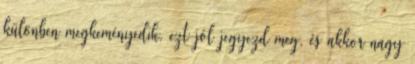
különben megkeményedik, ezt jól jegyezd meg, és akkor nagy